King Institute of Preventive Medicine Micro-Biological Section reports 1912-19
Year: 1912
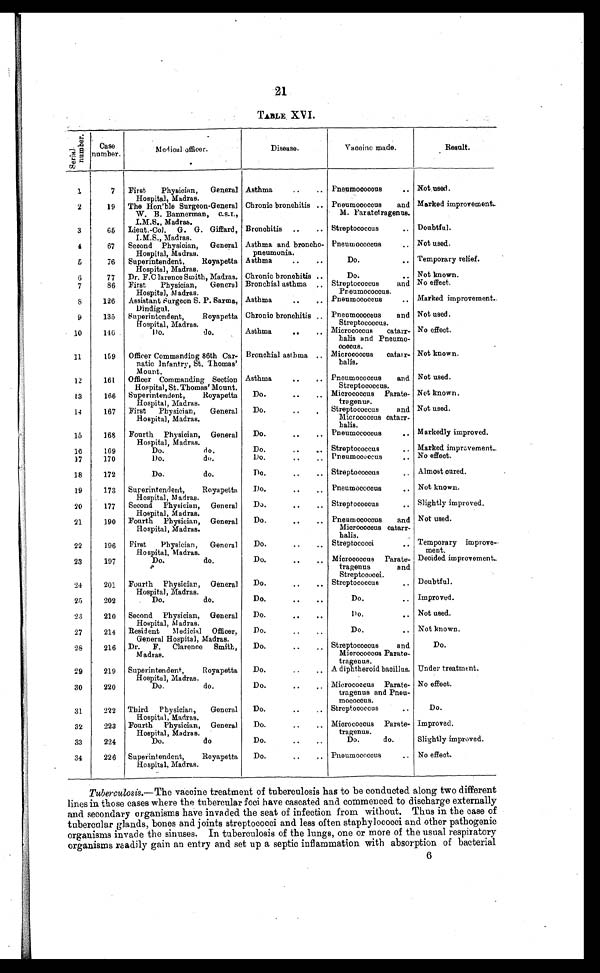
21
TABLE. XVI .
S e r i a l n u m b e r . Ca s e
number.
M e d i c a l o f f i c e r .
Disease.
Vaccine made.
Result.
1
7 First. Physician. General
Hospital. Madras.
Asthma
..
.. Pneumococcus
. . Not used.
2
19 The Hon'ble Surgeon-General
W.B. Bannerman. C.S.I..
I.M.S.. Madras.
Chronic bronchitis .. Pneumococcus and
M. Paratetragenus.
Marked improvement...
3
65 Lieut.-Col. G. G. Giffard.
I.M.S.. Madras.
Bronchitis ..
.. Streptococcus
.. Doubtful.
4
67 Second Physician. General
Hospital. Madras.
Asthma and broncho-
pneumonia.
Pneumococcus
.. Not used.
5
76 Superintendent. Royapetta
Hospital. Madras.
Asthma
..
. .
Do. . . Temporary relief.
6
7
77
86
Dr. F.Clarence Smith. Madras.
First Physician. General
Hospital. Madras.
Chronic bronchitis ..
Bronchial asthma . .
Do. .
Streptococcus
and
Pneumococcus.
Not known.
No effect.
8 126 Assistant Surgeon S. P. Sarma.
Dindigul.
Asthma
. . . .
Pneumococcus
. . Marked improvement..
9
135 Superintendent. Royapetta
Hospital. Madras.
Chronic bronchitis . Pneumococcus
and
Streptococcus.
Not used.
10
146
Do. do.
Asthma
..
. . Micrococcus catarr-
halis and Pneumo-
c o c c u s .
No effect.
11
159 Officer Commanding 86th Car-
natic Infantry, St. Thomas'
Mount.
Bronchial asthma .. Mierococcus catarr-
halis.
Not known.
12
161 Officer Commanding Section
Hospital. St. Thomas' Mount.
Asthma
..
. . Pneumococcus
and
Streptococcus.
Not used.
13
166 Superintendent. Royapetta
Hospital. Madras.
Do.
..
. . Micrococcus Parate-
tragenus.
Not known.
14
167 First Physician. General
Hospital. Madras.
Do.
. . .
Streptococcus
and
Micrococcus catarr-
halis.
Not used.
15
168 Fourth Physician. General
Hospital. Madras.
Do.
. . . .
Pneumococcus
. . Markedly improved.
16
169
Do.
do.
Do.
. .
Streptococcus
.. Marked improvement.
17
170
Do.
do.
Do.
..
. . Pneumococcus
.. No effect.
18
172
Do.
do.
Do.
..
. . Streptococcus
. . Almost cured.
19
173 Superintendent. Royapetta.
Hospital. Madras.
Do.
. . . .
Pneumococcus
. . Not known.
20
177 Second Physician. General
Hospital. Madras.
Do.
. . . .
Streptococcus
. . Slightly improved.
21
190 Fourth Physician. General
Hospital. Madras.
Do.
. . .. . Pneurnococcus
and
Micrococcus catarr-
halls.
Not used.
22
196 First Physician. General
Hospi t al . Madras.
Do.
..
' .
Streptococci
.. Temporary improve--
ment.
23
197
Do.
do.
Do.
. . . .
Micrococcus Parate-
tragenus
and
Streptococci.
Decided improvement..
24
201 Fourth Physician. General
Hospital. Madras.
Do.
..
.. Streptococcus
.. Doubtful.
25
202
Do.
do.
Do.
. . . .
Do.
.. Improved.
26
210 Second Physician. General
Hospital. Madras.
Do... . . . .
Do. Not used.
27
214 Resident Medicial Officer.
General Hospital. Madras.
Do.. . . .
Do.
. . Not known.
28
216 Dr. F. Clarence Smith.
Madras.
Do.. .
. .
St r e p t o c o c c u s a n d
Micrococcus Parate-
tragenus.
Do.
29
219 Superintendent. Royapetta
Hospital. Madras.
Do.
. . ..
A diphtheroid bacillus. Under treatment.
30
220
Do.
do.
Do.
. . . .
Micrococcus Parate-
tragenus and Pneu-
mococcus.
No effect.
31
222 Third Physician.
General
Hospital. Madras.
Do.
. '
.. Streptococcus
. .
Do.
32
223 Fourth Physician. General
Hospital. Madras.
Do.
. . . .
Micrococcus Parate-
tragenus.
Improved.
33
224
Do.
do
Do.
..
..
Do.
do.
Slightly improved.
34
226 Superintendent. Royapetta.
Hospital. Madras.
Do.
..
. . Pneumococcus
.. No effect.
Tuberculosis.— The vaccine treatment of tuberculosis has to be conducted along two different
lines in those cases where the tubercular foci have caseated and commenced to discharge externally
and secondary organisms have invaded the seat of infection from without. Thus in the ease of
tubercular glands, bones and joints streptococci and. less often staphylococci and other pathogenic
organisms invade the sinuses. In tuberculosis of the lungs. one or more of the usual respiratory
organisms readily gain an entry and set up a septic inflammation with absorption of bacterial
6